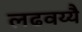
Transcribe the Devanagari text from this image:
लढवय्यै